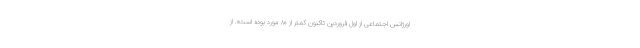
اورژانس اجتماعی از اول فروردین تاکنون کمتر از ۸۰ مورد بوده است». از